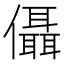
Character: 㒤